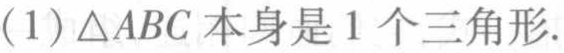
(1) \(\triangle ABC\)本身是1个三角形.